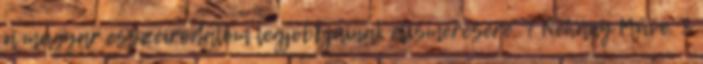
a magyar esszéirodalom legjobbjainak elismerésére. 7 Néhány Műve: 8